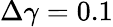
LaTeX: \Delta\gamma=0.1